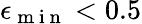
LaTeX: \epsilon_{\mathrm{~m~i~n~}}<0.5